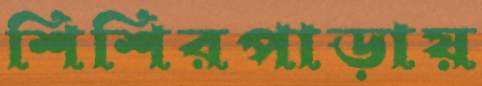
শিশিরপাড়ায়